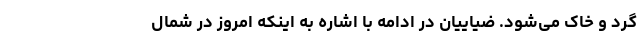
گرد و خاک می‌شود. ضیاییان در ادامه با اشاره به اینکه امروز در شمال